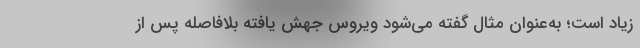
زیاد است؛ به‌عنوان مثال گفته می‌شود ویروس جهش یافته بلافاصله پس از